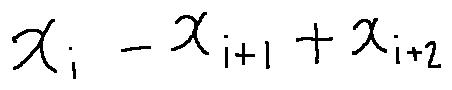
x _ { i } - x _ { i + 1 } + x _ { i + 2 }